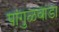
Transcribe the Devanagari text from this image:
पांगुळवाडा